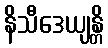
နိသီဒေယျန္တိ